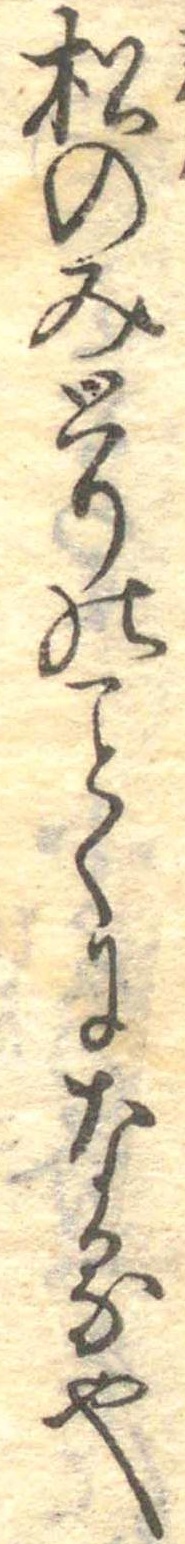
松のみとりのくになる也